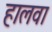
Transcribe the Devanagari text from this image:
हालवा